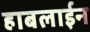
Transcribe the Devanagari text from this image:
हाबलाईन